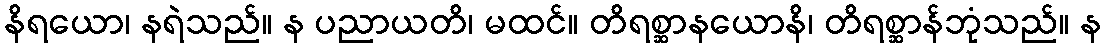
နိရယော၊ နရဲသည်။ န ပညာယတိ၊ မထင်။ တိရစ္ဆာနယောနိ၊ တိရစ္ဆာန်ဘုံသည်။ န